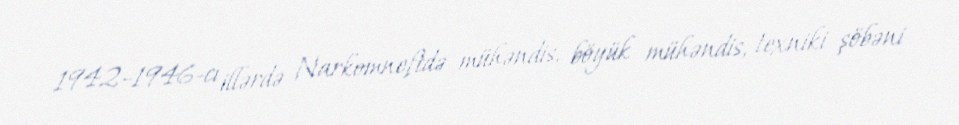
1942–1946-cı illərdə Narkomneftdə mühəndis, böyük mühəndis, texniki şöbəni